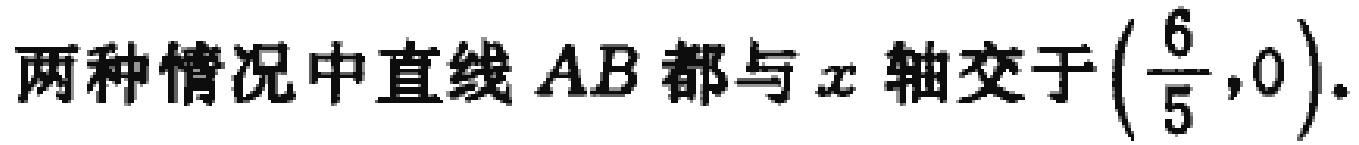
两种情况中直线 \(AB\) 都与 \(x\) 轴交于\(\left(\frac{6}{5},0\right)\).